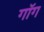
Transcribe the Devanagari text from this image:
गॉग